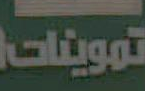
تموينات